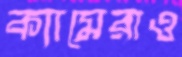
ক্যামেরাও